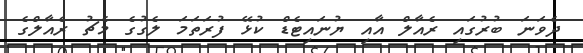
ދެވަނަ ބުރުގައި ރެއާލް އާއި ޔުނައިޓެޑް ކުޅޭ ފުރަތަމަ ލެގުގެ މެޗު ރެއާލްގެ